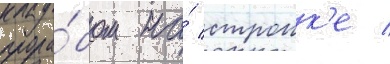
прора́бом на́ строик'е /